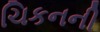
ચિકનની